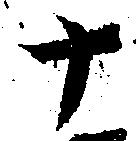
十